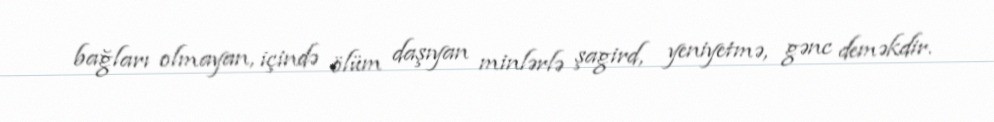
bağları olmayan, içində ölüm daşıyan minlərlə şagird, yeniyetmə, gənc deməkdir.